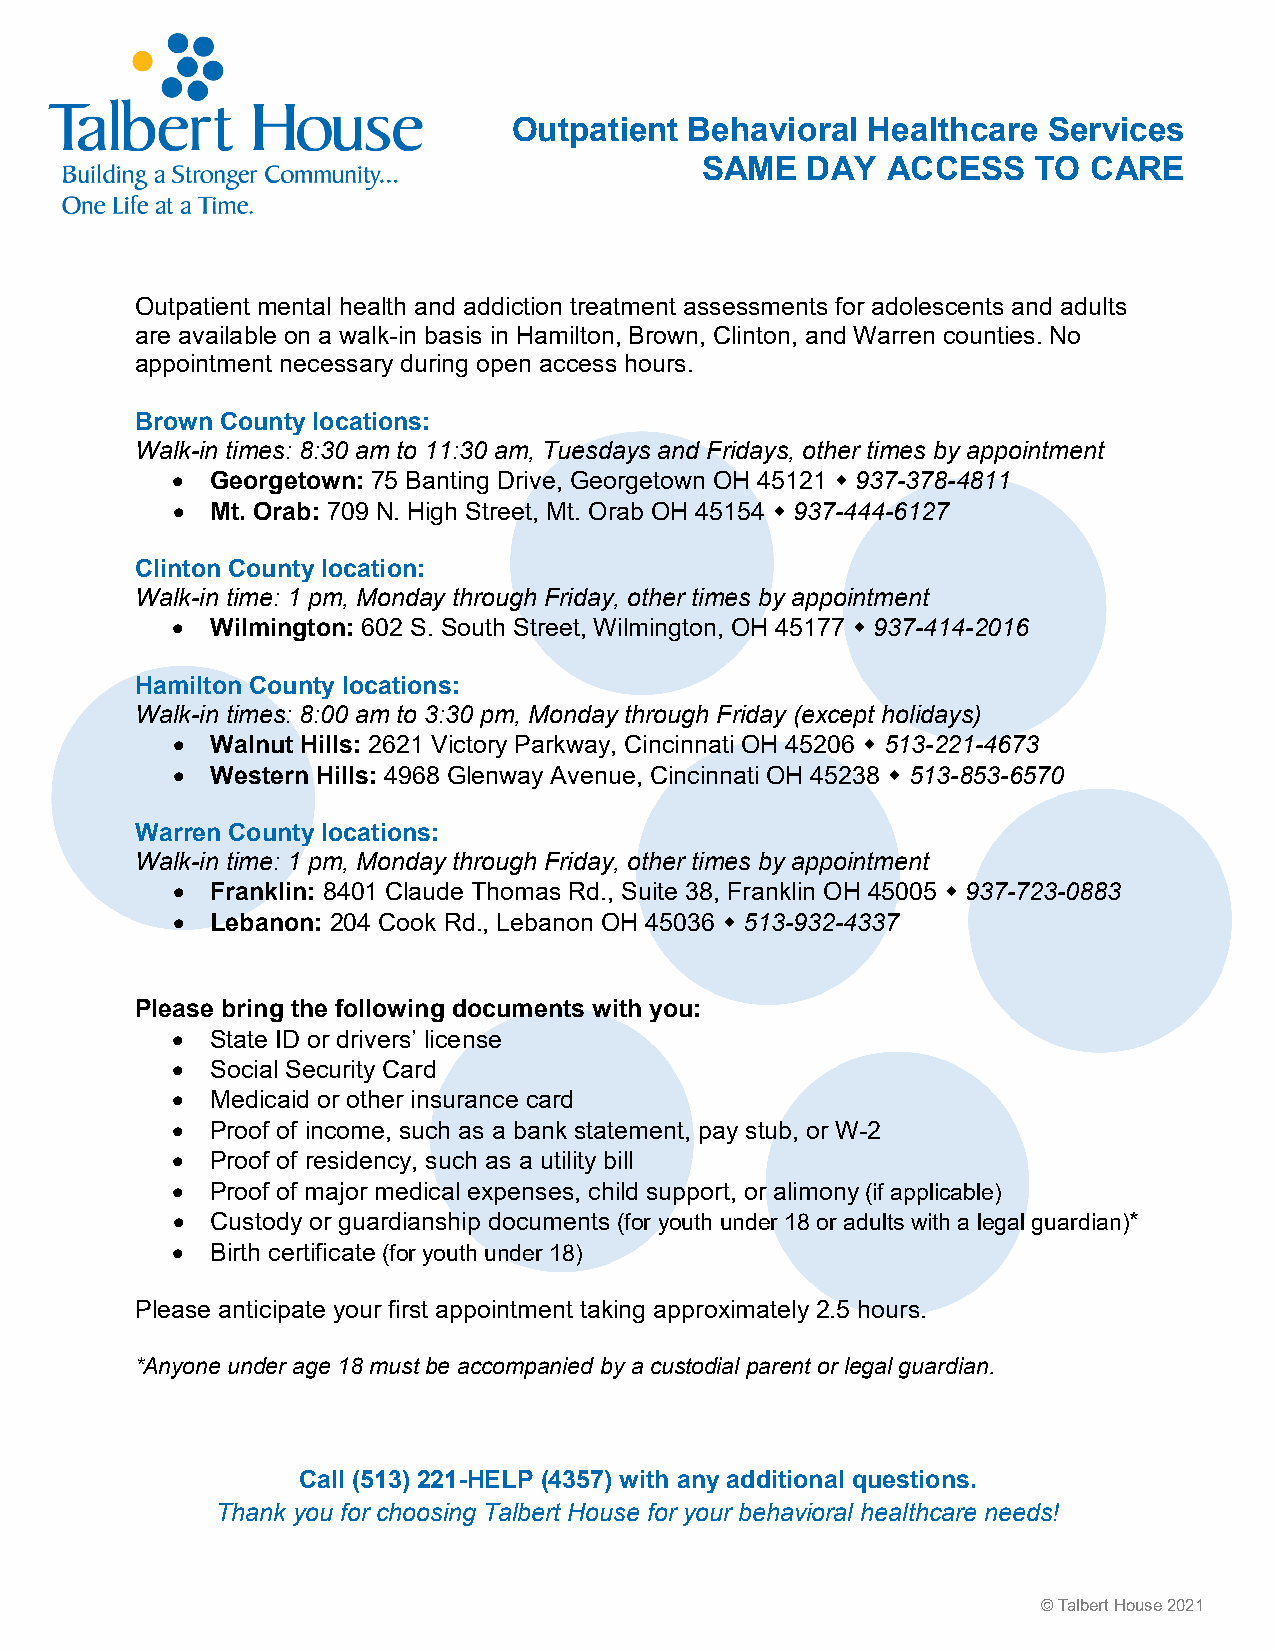
Outpatient  Behavioral Healthcare  Services
 SAME   DAY   ACCESS    TO CARE
 Outpatient mental health and addiction treatment assessments for adolescents and adults
 are available on a walk-in basis in Hamilton, Brown, Clinton, and Warren counties. No
 appointment necessary during open access hours.
 Brown County locations:
 Walk-in times: 8:30 am to 11:30 am, Tuesdays and Fridays, other times by appointment
 •  Georgetown: 75 Banting Drive, Georgetown OH 45121  937-378-4811
 •  Mt. Orab: 709 N. High Street, Mt. Orab OH 45154  937-444-6127
 Clinton County location:
 Walk-in time: 1 pm, Monday through Friday, other times by appointment
 •  Wilmington: 602 S. South Street, Wilmington, OH 45177  937-414-2016
 Hamilton County locations:
 Walk-in times: 8:00 am to 3:30 pm, Monday through Friday (except holidays)
 •  Walnut Hills: 2621 Victory Parkway, Cincinnati OH 45206  513-221-4673
 •  Western Hills: 4968 Glenway Avenue, Cincinnati OH 45238  513-853-6570
 Warren County locations:
 Walk-in time: 1 pm, Monday through Friday, other times by appointment
 •  Franklin: 8401 Claude Thomas Rd., Suite 38, Franklin OH 45005  937-723-0883
 •  Lebanon: 204 Cook Rd., Lebanon OH 45036  513-932-4337
 Please bring the following documents with you:
 •  State ID or drivers’ license
 •  Social Security Card
 •  Medicaid or other insurance card
 •  Proof of income, such as a bank statement, pay stub, or W-2
 •  Proof of residency, such as a utility bill
 •  Proof of major medical expenses, child support, or alimony (if applicable)
 •  Custody or guardianship documents (for youth under 18 or adults with a legal guardian)*
 •  Birth certificate (for youth under 18)
 Please anticipate your first appointment taking approximately 2.5 hours.
 *Anyone under age 18 must be accompanied by a custodial parent or legal guardian.
 Call (513) 221-HELP (4357) with any additional questions.
 Thank you for choosing Talbert House for your behavioral healthcare needs!
 © Talbert House 2021